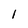
Character: I